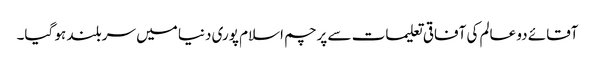
آقائے دو عالم کی آفاقی تعلیمات سے پرچم اسلام پوری دنیا میں سربلند ہو گیا۔